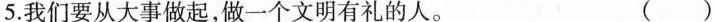
5. 我们要从大事做起，做一个文明有礼的人。 ( )